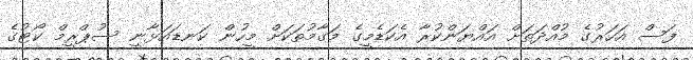
ފަސް އަހަރުގެ މުއްދަތަށް އައްޔަންކުރާ އެކަޑެމީގެ މަގާމުތަކަށް މީހުން ކަނޑައަޅާނީ ސުޕްރީމް ކޯޓުގެ